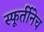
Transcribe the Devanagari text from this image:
स्फूर्तीनेच